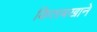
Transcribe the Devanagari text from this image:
किताबखाने